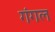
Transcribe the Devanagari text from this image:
गंगल